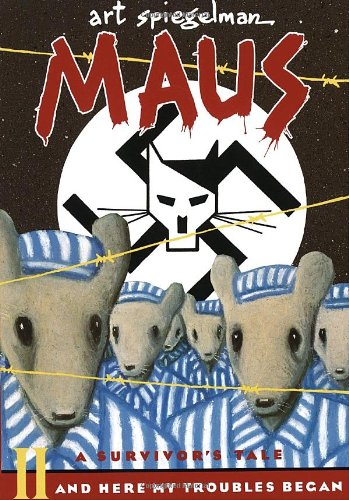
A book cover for Maus II: A Survivor's Tale: And Here My Troubles Began; Art Spiegelman; History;